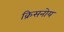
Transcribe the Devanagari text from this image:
क्रिसनोय